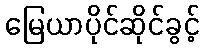
မြေယာပိုင်ဆိုင်ခွင့်